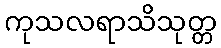
ကုသလရာသိသုတ္တ